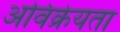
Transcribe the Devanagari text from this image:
अविक्रेयता